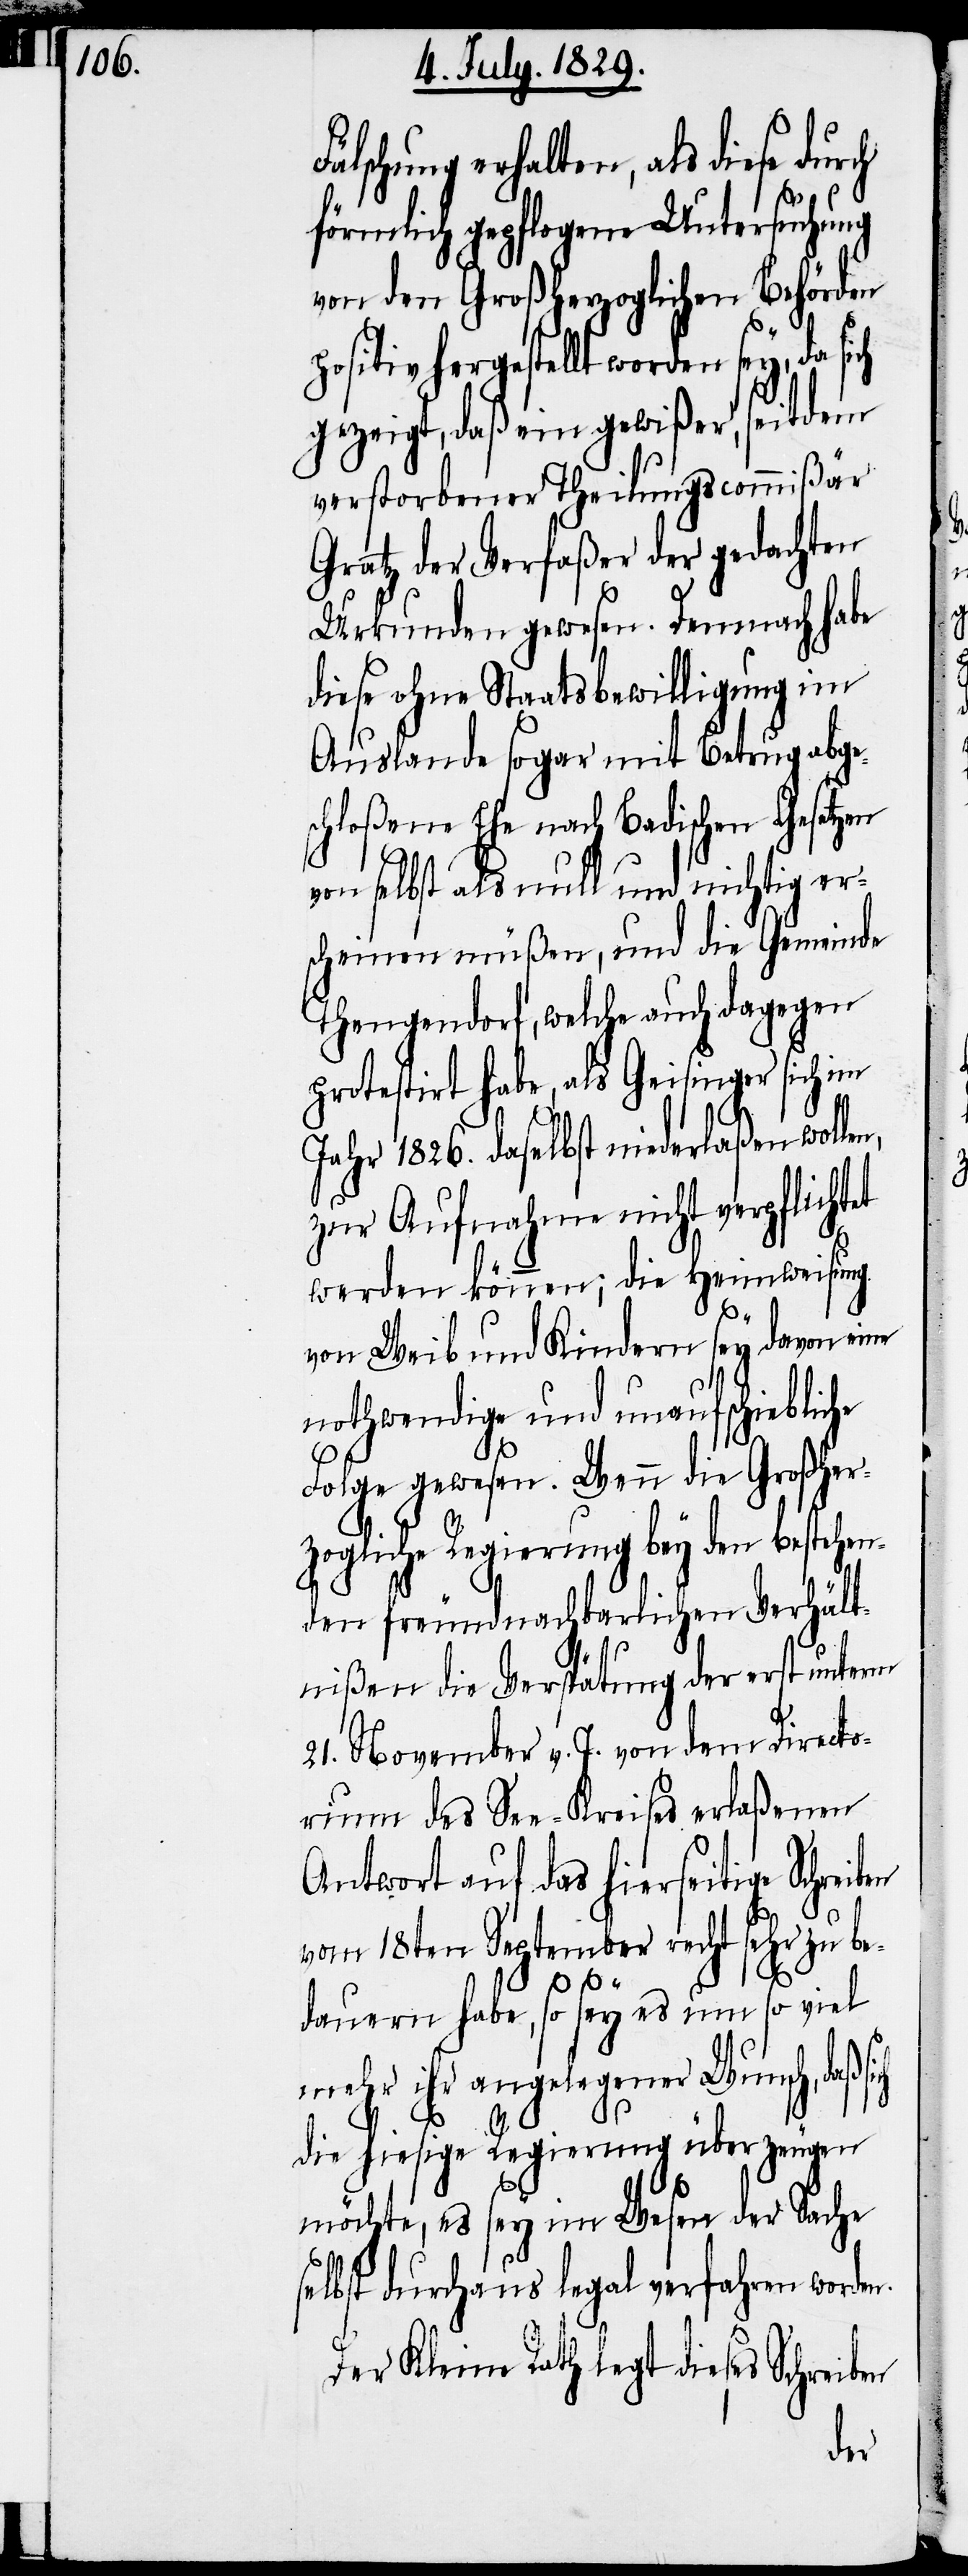
Fälschung erhalten, als diese durch
förmlich gepflogene Untersuchung
von den Großherzoglichen Behörden
positiv hergestellt worden sey, da si¬
gezeigt, daß ein gewißer, seitdem
verstorbener Theilungscommißär
Gratz der Verfaßer der gedachten
Urkunden gewesen. Demnach habe
diese ohne Staatsbewilligung im
Auslande sogar mit Betrug abges¬
chloßene Ehe nach Badischen Gesetzen
von selbst als null und nichtig er¬
scheinen müßen, und die Gemeinde
Thengendorf, welche auch dagegen
protestirt habe, als Geisinger sich im
Jahr 1826. daselbst niederlaßen wollen,
zur Aufnahme nicht verpflichtet
werden können; die Heimweisung
von Weib und Kindern sey davon eine
nothwendige und unaufschiebliche
Folge gewesen. Wenn die Großher¬
zogliche Regierung bey den bestehen¬
den freundnachbarlichen Verhält¬
nißen die Verspätung der erst unterm
21. November v. J. von dem Directo¬
rium des See-Kreises erlaßenen
Antwort auf das hierseitige Schrei¬
ben
vom 18ten September recht sehr zu be¬
dauern habe, so sey es um so viel
mehr ihr angelegener Wunsch, daß
die hiesige Regierung überzeugen
möchte, es sey im Wesen der Sache
selbst durchaus legal verfahren worden.
Der Kleine Rath legt dieses Schreiben